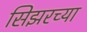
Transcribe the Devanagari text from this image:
सिझरच्या